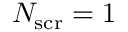
N _ { \mathrm { s c r } } = 1